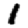
Digit: 1